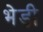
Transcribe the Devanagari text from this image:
भेड़ी